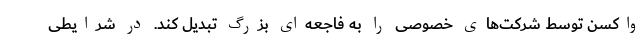
واکسن توسط شرکت‌های خصوصی را به فاجعه‌ای بزرگ تبدیل کند. در شرایطی